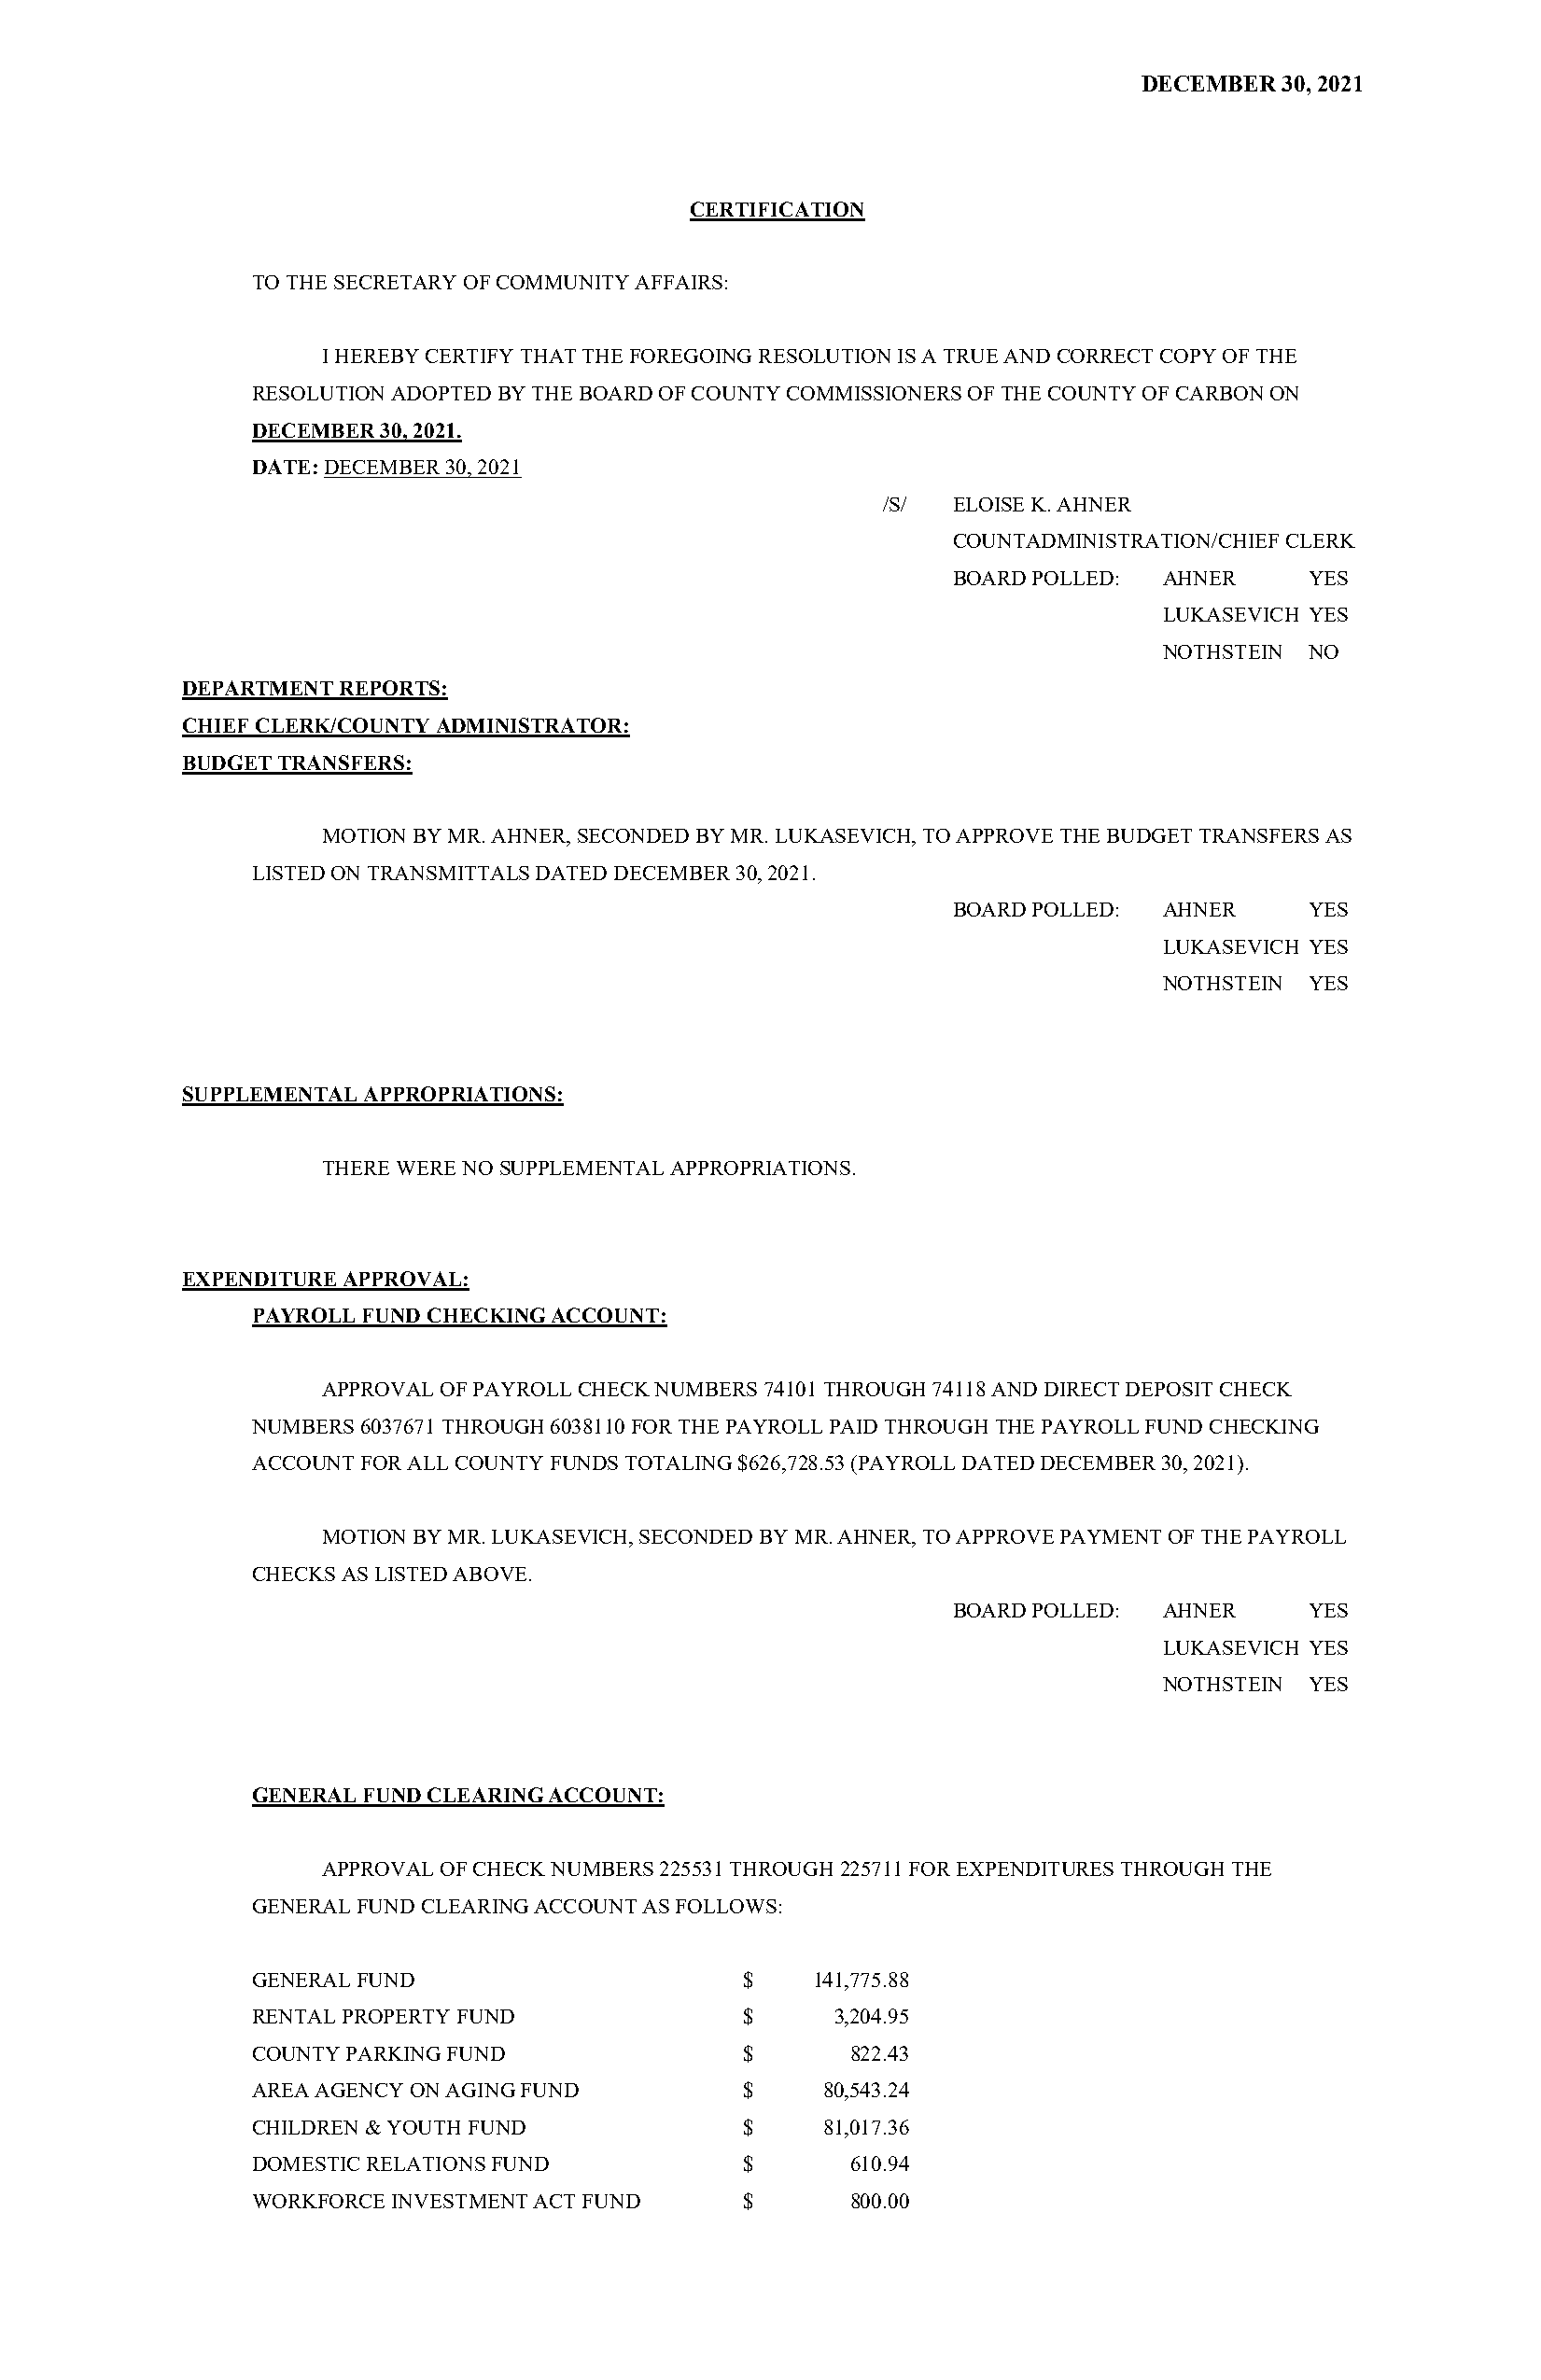
DECEMBER  30, 2021
 CERTIFICATION
 TO THE SECRETARY OF COMMUNITY AFFAIRS:
 I HEREBY CERTIFY THAT THE FOREGOING RESOLUTION IS A TRUE AND CORRECT COPY OF THE
 RESOLUTION ADOPTED BY THE BOARD OF COUNTY COMMISSIONERS OF THE COUNTY OF CARBON ON
 DECEMBER 30, 2021.
 DATE: DECEMBER 30, 2021
 /S/  ELOISE K. AHNER
 COUNTADMINISTRATION/CHIEF CLERK
 BOARD POLLED: AHNER      YES
 LUKASEVICH YES
 NOTHSTEIN  NO
 DEPARTMENT REPORTS:
 CHIEF CLERK/COUNTY ADMINISTRATOR:
 BUDGET TRANSFERS:
 MOTION BY MR. AHNER, SECONDED BY MR. LUKASEVICH, TO APPROVE THE BUDGET TRANSFERS AS
 LISTED ON TRANSMITTALS DATED DECEMBER 30, 2021.
 BOARD POLLED: AHNER      YES
 LUKASEVICH YES
 NOTHSTEIN  YES
 SUPPLEMENTAL APPROPRIATIONS:
 THERE WERE NO SUPPLEMENTAL APPROPRIATIONS.
 EXPENDITURE APPROVAL:
 PAYROLL FUND CHECKING ACCOUNT:
 APPROVAL OF PAYROLL CHECK NUMBERS 74101 THROUGH 74118 AND DIRECT DEPOSIT CHECK
 NUMBERS 6037671 THROUGH 6038110 FOR THE PAYROLL PAID THROUGH THE PAYROLL FUND CHECKING
 ACCOUNT FOR ALL COUNTY FUNDS TOTALING $626,728.53 (PAYROLL DATED DECEMBER 30, 2021).
 MOTION BY MR. LUKASEVICH, SECONDED BY MR. AHNER, TO APPROVE PAYMENT OF THE PAYROLL
 CHECKS AS LISTED ABOVE.
 BOARD POLLED: AHNER      YES
 LUKASEVICH YES
 NOTHSTEIN  YES
 GENERAL FUND CLEARING ACCOUNT:
 APPROVAL OF CHECK NUMBERS 225531 THROUGH 225711 FOR EXPENDITURES THROUGH THE
 GENERAL FUND CLEARING ACCOUNT AS FOLLOWS:
 GENERAL FUND                       $    141,775.88
 RENTAL PROPERTY FUND               $     3,204.95
 COUNTY PARKING FUND                $      822.43
 AREA AGENCY ON AGING FUND          $    80,543.24
 CHILDREN & YOUTH FUND              $    81,017.36
 DOMESTIC RELATIONS FUND            $      610.94
 WORKFORCE INVESTMENT ACT FUND      $      800.00